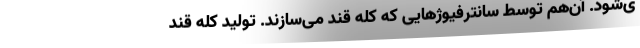
ی‌شود. آن‌هم توسط سانترفیوژ‌هایی که کله قند می‌سازند. تولید کله قند